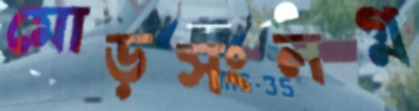
মোড়সংলগ্ন